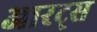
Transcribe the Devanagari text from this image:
आरट्स